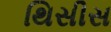
થિસીસ